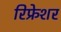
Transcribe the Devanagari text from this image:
रिफ्रेशर